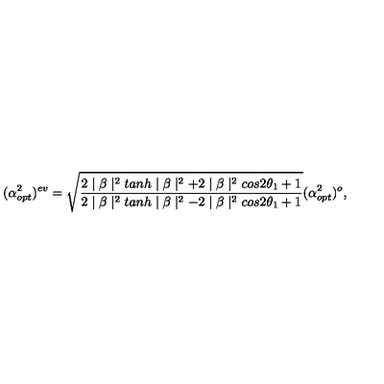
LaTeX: ( \alpha _ { o p t } ^ { 2 } ) ^ { e v } = \sqrt { \frac { 2 \mid \beta \mid ^ { 2 } t a n h \mid \beta \mid ^ { 2 } + 2 \mid \beta \mid ^ { 2 } c o s 2 \theta _ { 1 } + 1 } { 2 \mid \beta \mid ^ { 2 } t a n h \mid \beta \mid ^ { 2 } - 2 \mid \beta \mid ^ { 2 } c o s 2 \theta _ { 1 } + 1 } } ( \alpha _ { o p t } ^ { 2 } ) ^ { o } ,